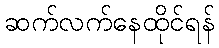
ဆက်လက်နေထိုင်ရန်